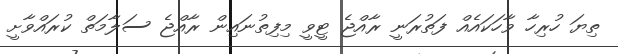
ތިޔަ ހުރިހާ ވާހަކައެއް ފަތުރަނީ ރާއްޖެ ޓީވީ މިފިތުނައިން ރާއްޖެ ސަލާމަތް ކުރައްވާށީ